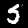
Digit: 5